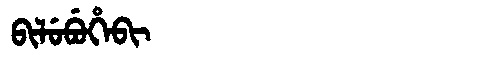
Manchu: ᠪᡳᠯᡠᠪᡠᡥᡝᠪᡳ
Romanization: BILUBUHEBI